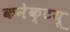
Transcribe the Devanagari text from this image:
कनेक्टयू